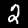
Label: 2